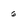
Character: 6